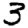
Digit: 3